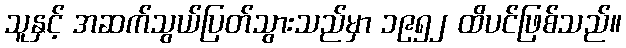
သူနှင့် အဆက်သွယ်ပြတ်သွားသည်မှာ ၁၉၅၂ ထိပင်ဖြစ်သည်။